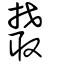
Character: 樷